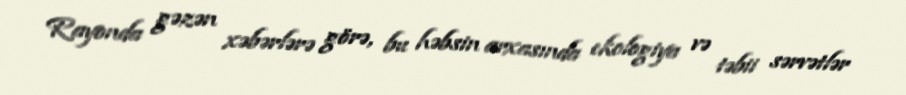
Rayonda gəzən xəbərlərə görə, bu həbsin arxasında ekologiya və təbii sərvətlər